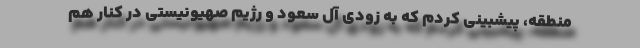
منطقه، پیشبینی کردم که به زودی آل سعود و رژیم صهیونیستی در کنار هم